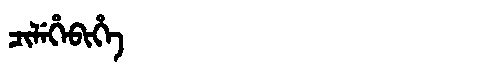
Manchu: ᠴᡳᠯᡝᡥᡝᠪᡳᡥᡝ
Romanization: CILEHEBIHE